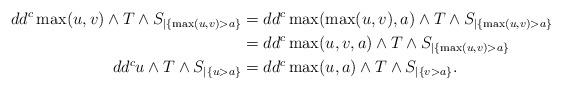
LaTeX: \begin{align*} dd^c\max(u,v)\wedge T\wedge S_{|\{\max(u,v)>a\}}&=dd^c\max(\max(u,v),a)\wedge T \wedge S_{|\{\max(u,v)>a\}}\\&=dd^c\max(u,v,a)\wedge T\wedge S_{|\{\max(u,v)>a\}}\\ dd^cu\wedge T\wedge S_{|\{u>a\}}&=dd^c\max(u,a)\wedge T \wedge S_{|\{v>a\}}. \end{align*}